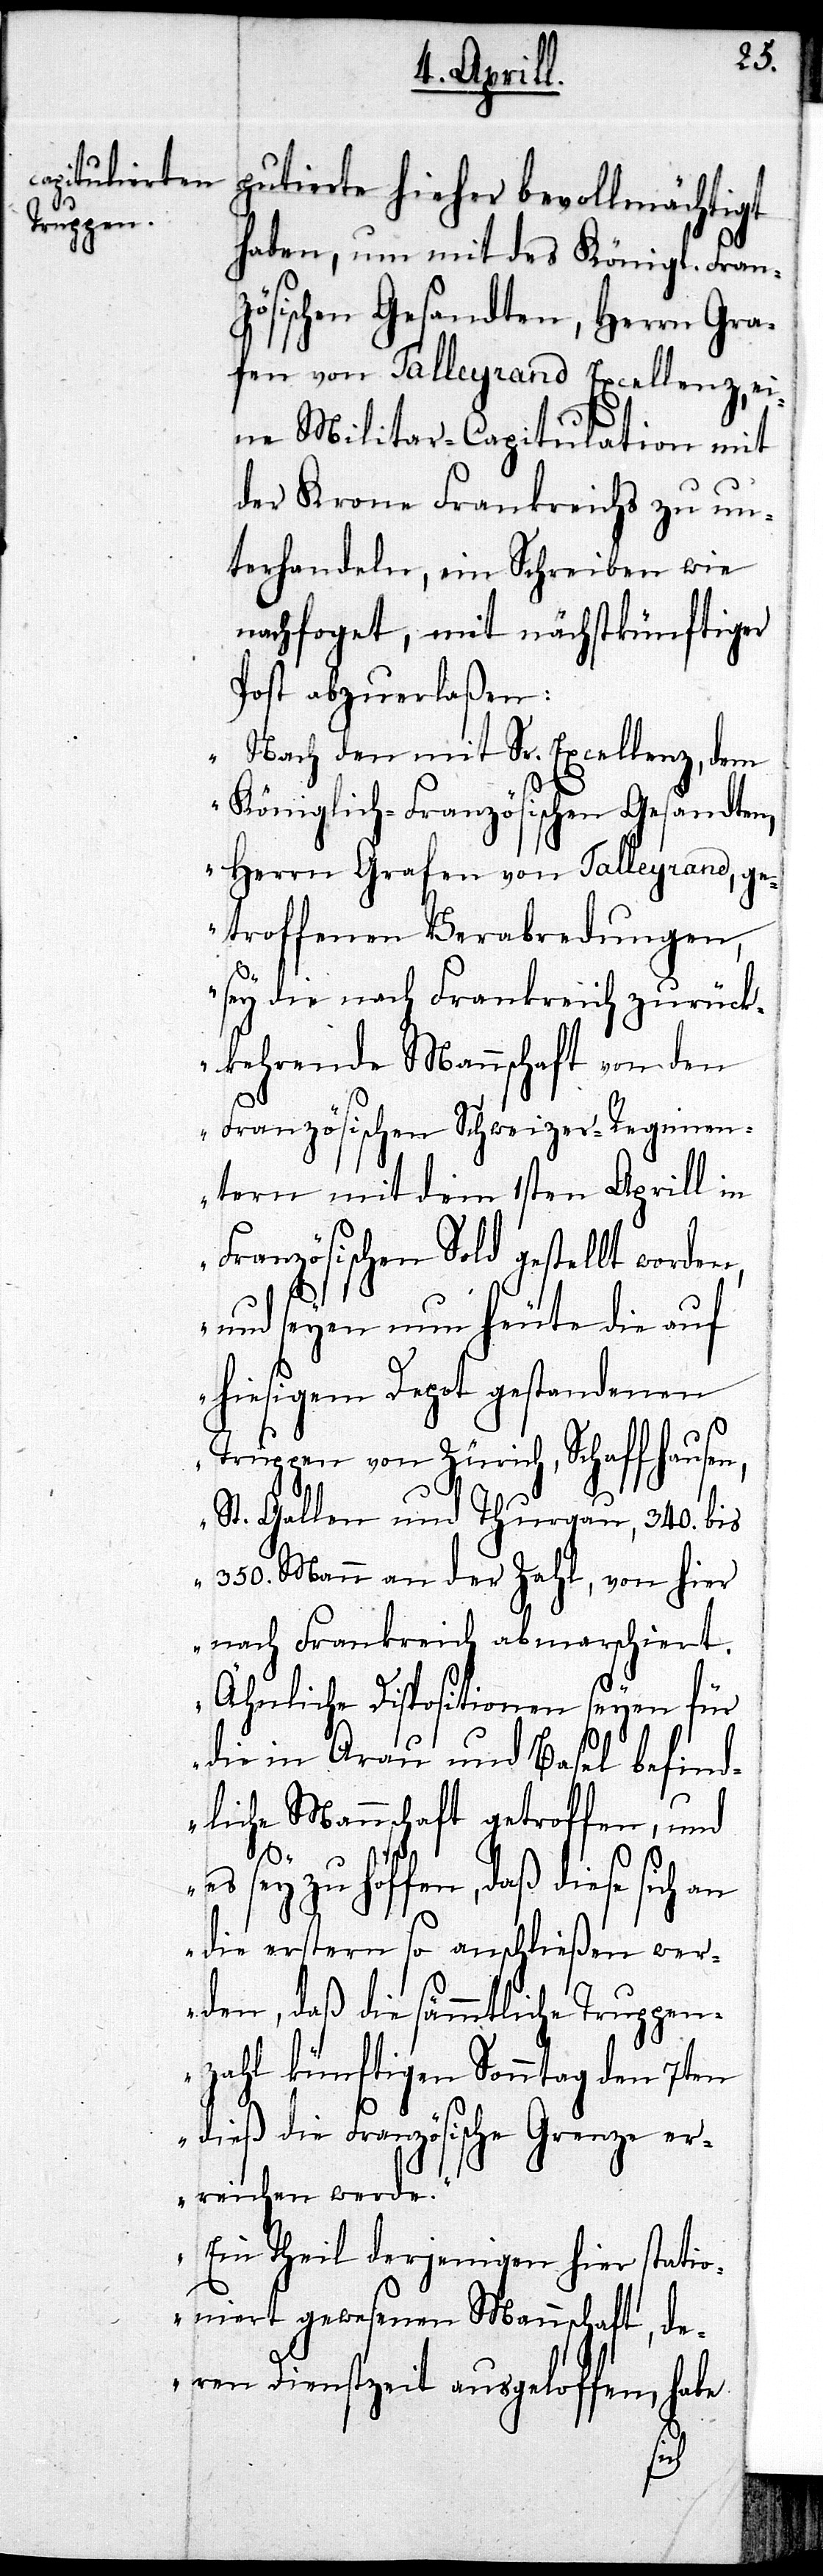
putierte bisher bevollmächtigt
haben, um mit des Königl. Fran¬
zösischen Gesandten, Herrn Gra¬
fen von Talleyrand Excellenz, ei¬
ne Militar-Capitulation mit
der Krone Frankreichs zu un¬
terhandeln, ein Schreiben wie
nachfo[l]get, mit nächstkünftiger
Post abzuerlaßen:
„Nach den mit Sr. Exzellenz, dem
Königlich-Französischen Gesandten,
Herrn Grafen von Talleyrand, ge¬
troffenen Verabredungen,
y die nach Frankreich zurück¬
kehrende Mannschaft von den
Französischen Schweizer-Regimen¬
tern mit dem 1sten Aprill in
Französischen Sold gestellt worde¬
und seyen nun heute die auf
hiesigem Depot gestandenen
Truppen von Zürich, Schaffhause¬
St. Gallen und Thurgau, 340. bis
350. Mann an der Zahl, von hier
nach Frankreich abmarschiert.
Ähnliche Dispositionen seyen für
die in Arau und Basel befind¬
liche Mannschaft getroffen, und
n,
es sey zu hoffen, daß diese sich an
die erstern so anschließen wer¬
den, daß die sämmtliche Trupp¬
enzahl künftigen Sonntag den 7ten
dieß die Französische Grenze er¬
reichen werde.
Ein Theil derjenigen hier statio¬
niert gewesenen Mannschaft, de¬
ren Dienstzeit ausgeloffen, habe
se¬